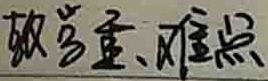
教学重、难点